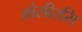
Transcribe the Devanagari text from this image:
ओसीरसि